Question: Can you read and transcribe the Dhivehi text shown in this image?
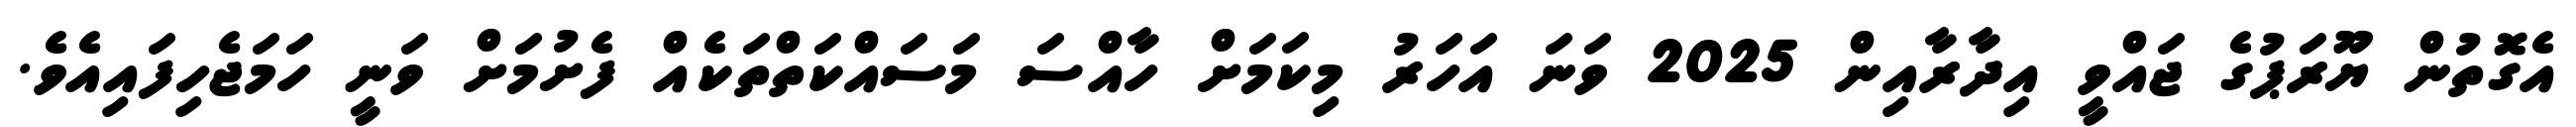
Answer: އެގޮތުން ޔޫރަޕުގެ ޖައްވީ އިދާރާއިން 2025 ވަނަ އަހަރު މިކަމަށް ހާއްސަ މަސައްކަތްތަކެއް ފެށުމަށް ވަނީ ހަމަޖެހިފައިއެވެ.